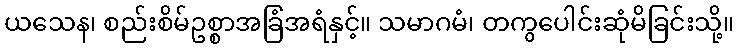
ယသေန၊ စည်းစိမ်ဥစ္စာအခြံအရံနှင့်။ သမာဂမံ၊ တကွပေါင်းဆုံမိခြင်းသို့။